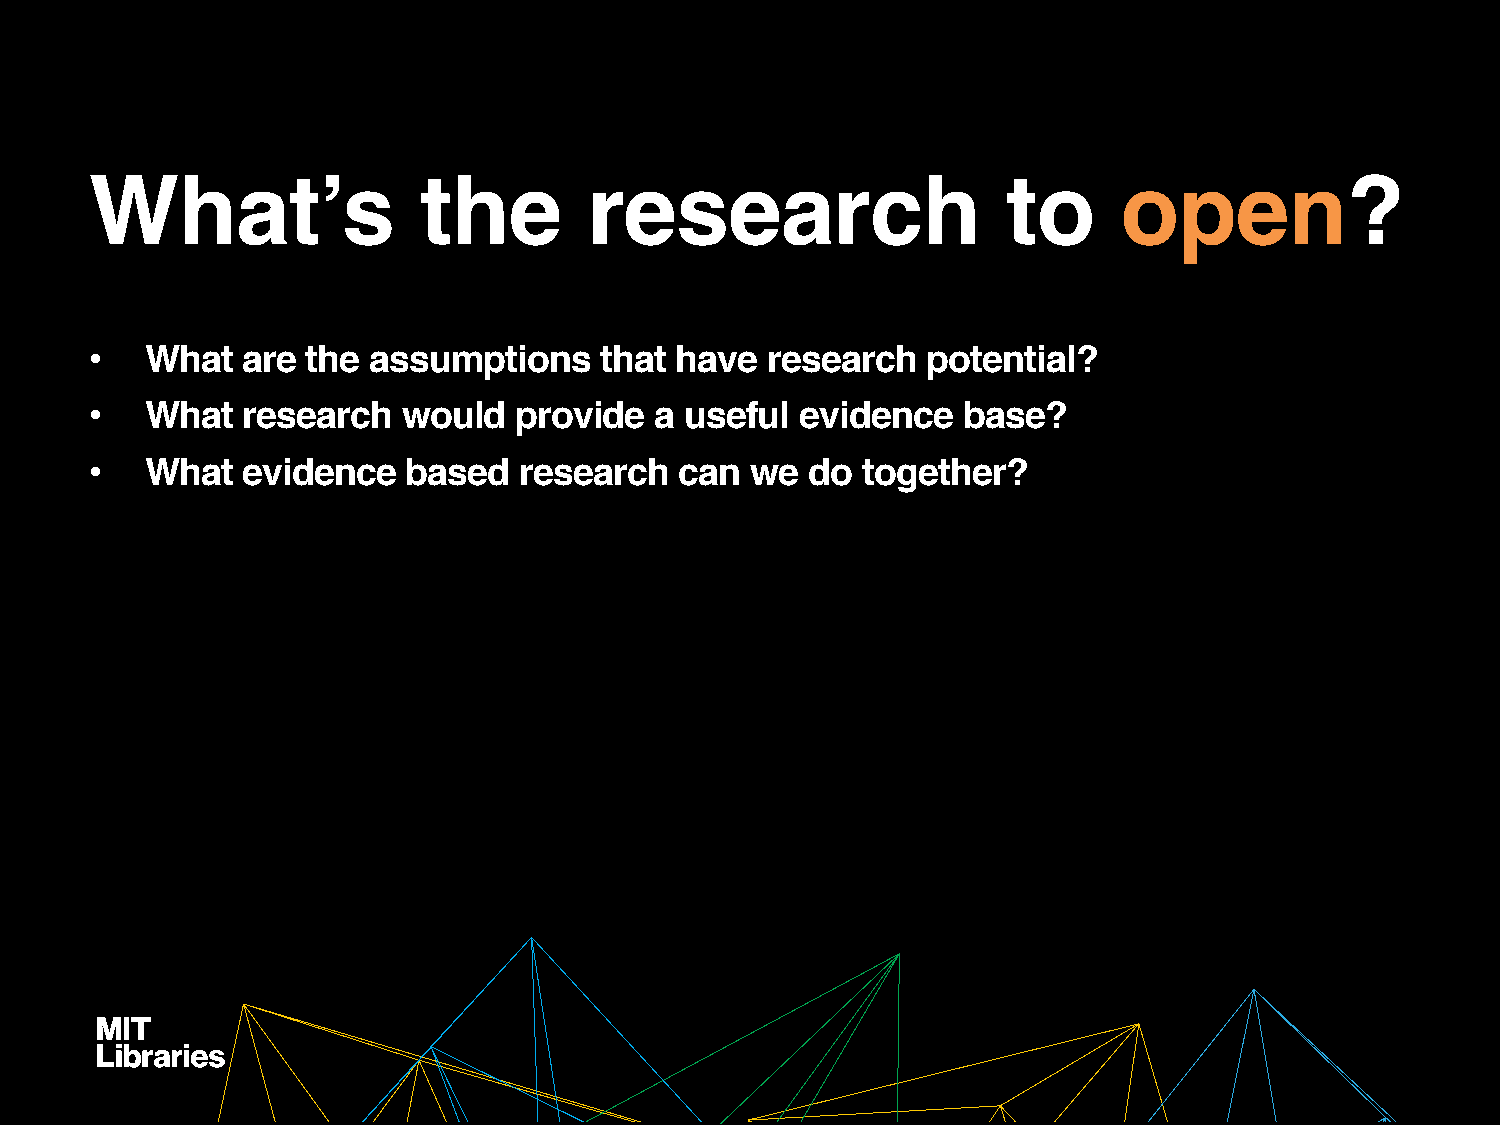
What’s                the        research                    to     open?
 •   What  are the assumptions     that have  research  potential?
 •   What  research   would  provide  a useful  evidence   base?
 •   What  evidence   based  research   can  we  do together?